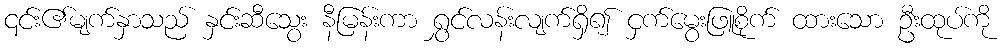
၎င်း၏မျက်နှာသည် နှင်းဆီသွေး နီမြန်းကာ ရွှင်လန်းလျက်ရှိ၍ ငှက်မွေးဖြူစိုက် ထားသော ဦးထုပ်ကို